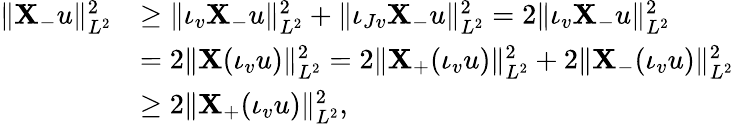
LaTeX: \begin{array}{rl}{\| \mathbf{X}_{-}u\| _{L^{2}}^{2}}&{\geq\| \iota_{v}\mathbf{X}_{-}u\| _{L^{2}}^{2}+\| \iota_{Jv}\mathbf{X}_{-}u\| _{L^{2}}^{2}=2\| \iota_{v}\mathbf{X}_{-}u\| _{L^{2}}^{2}}\\ &{=2\| \mathbf{X}(\iota_{v}u)\| _{L^{2}}^{2}=2\| \mathbf{X}_{+}(\iota_{v}u)\| _{L^{2}}^{2}+2\| \mathbf{X}_{-}(\iota_{v}u)\| _{L^{2}}^{2}}\\ &{\geq 2\| \mathbf{X}_{+}(\iota_{v}u)\| _{L^{2}}^{2},}\end{array}